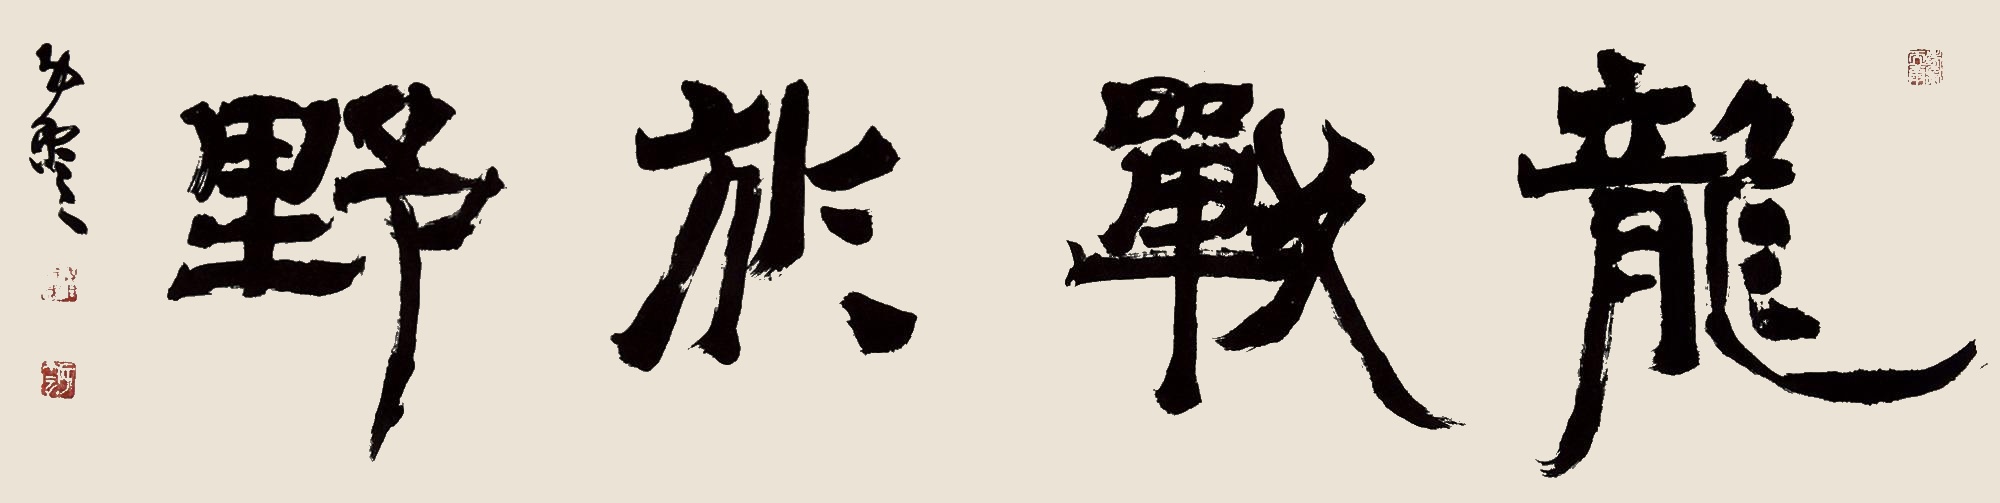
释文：龙战于野子云。